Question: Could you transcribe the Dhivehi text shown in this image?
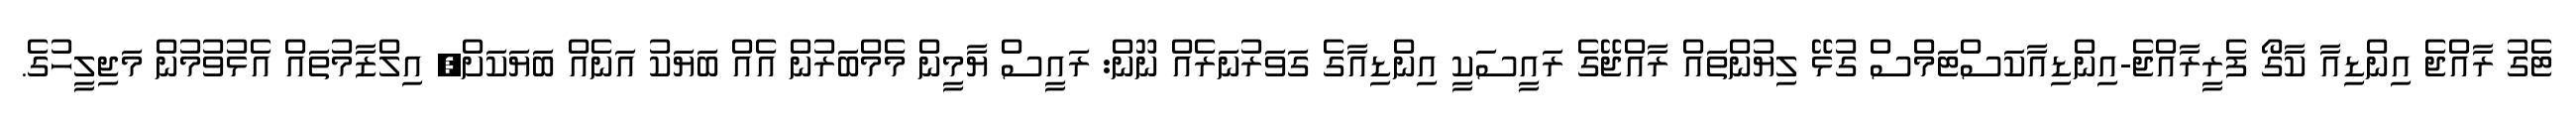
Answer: ޓެގު ރާއްޖެ އިންޑިއާ ކާގޯ ފެރީރާއްޖެ-އިންޑިއާކަސްޓަމްސް ގުޅޭ ލިޔުންތައް ރާއްޖޭގެ ރައީސަކީ އިންޑިއާގެ ގަވަރުނަރެއް ނޫން: ރައީސް ޔާމީން މެމްބަރުން އެއް ބަޔަކު އަނެއް ބަޔަކަށް, އިލްޒާމުތައް އެޅުވުމުން މަޖިލީހުގެ.